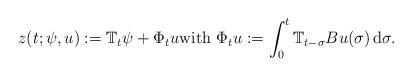
LaTeX: \begin{align*}z(t;\psi,u):= \mathbb{T}_t\psi+\Phi_t u\mbox{\rm with }\Phi_t u := \int_0^t \mathbb{T}_{t-\sigma} B u(\sigma)\, {\rm d}\sigma.\end{align*}